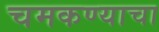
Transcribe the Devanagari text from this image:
चमकण्याचा